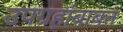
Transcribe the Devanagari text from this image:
उपग्रहांबाबत